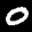
Label: 0